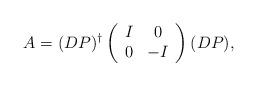
LaTeX: \begin{align*}A=(DP)^{\dagger}\left( \begin{array}{cc}I & 0 \\ 0 & -I\end{array} \right)(DP),\end{align*}